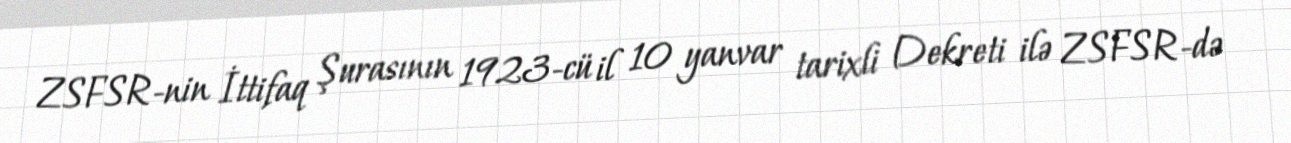
ZSFSR-nin İttifaq Şurasının 1923-cü il 10 yanvar tarixli Dekreti ilə ZSFSR-də